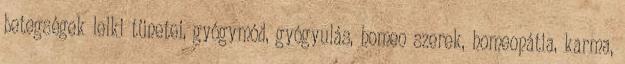
betegségek lelki tünetei, gyógymód, gyógyulás, homeo szerek, homeopátia, karma,